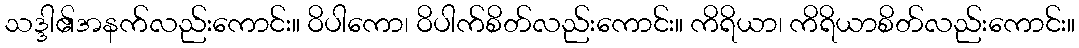
သဒ္ဒါ၏အနက်လည်းကောင်း။ ဝိပါကော၊ ဝိပါက်စိတ်လည်းကောင်း။ ကိရိယာ၊ ကိရိယာစိတ်လည်းကောင်း။